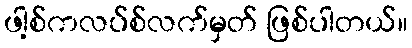
ဖါ့စ်ကလပ်စ်လက်မှတ် ဖြစ်ပါတယ်။